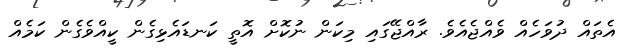
އެތައް ދުވަހެއް ވެއްޖެއެވެ. ރާއްޖޭގައި މިކަން ނުކޮށް އޮތީ ކަނޑައެޅިގެން ކީއްވެގެން ކަމެއް